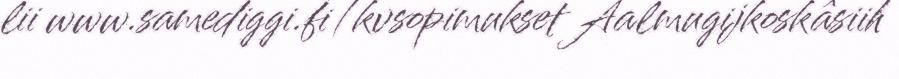
lii www.samediggi.fi/kvsopimukset Aalmugijkoskâsiih